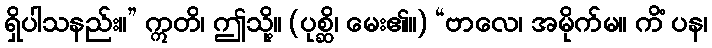
ရှိပါသနည်း။” ဣတိ၊ ဤသို့။ (ပုစ္ဆိ၊ မေး၏။) “ဗာလေ၊ အမိုက်မ။ ကိံ ပန၊